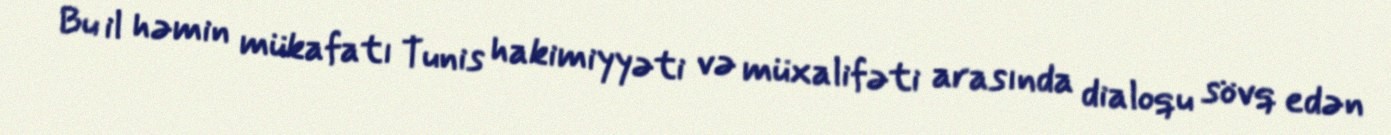
Bu il həmin mükafatı Tunis hakimiyyəti və müxalifəti arasında dialoqu sövq edən